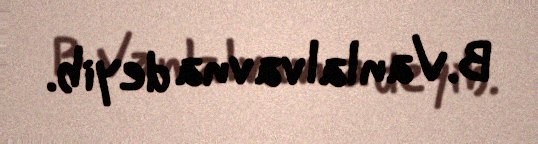
B.Vanlalvavna deyib.